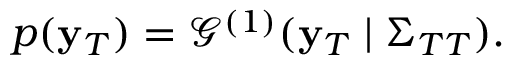
\begin{array} { r } { p ( \mathbf { y } _ { T } ) = \mathcal { G } ^ { ( 1 ) } ( \mathbf { y } _ { T } \mid \Sigma _ { T T } ) . } \end{array}